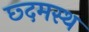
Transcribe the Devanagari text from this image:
छ्दमस्थ